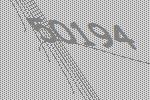
50194